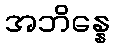
အဘိန္နေ